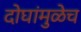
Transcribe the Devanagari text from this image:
दोघांमुळेच